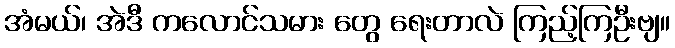
အံမယ်၊ အဲဒီ ကလောင်သမား တွေ ရေးတာလဲ ကြည့်ကြဦးဗျ။